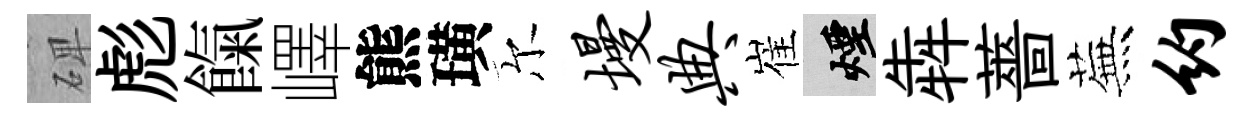
𥓓彪餼嶧熊璜尔墁典崔煙犇薔蕪约